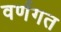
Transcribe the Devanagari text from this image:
वर्णगत